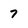
Character: 7